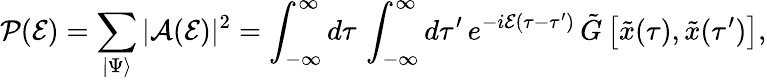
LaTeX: {\cal P}({\cal E})=\sum_{\vert\Psi\rangle}\vert{\cal A}({\cal E})\vert^{2}=\int_{-\infty}^{\infty}d\tau\, \int_{-\infty}^{\infty}d\tau^{\prime}\, e^{-i{\cal E}(\tau-\tau^{\prime})}\, {\tilde{G}}\left[{\tilde{x}}(\tau),{\tilde{x}}(\tau^{\prime})\right],